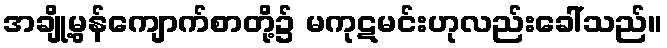
အချို့မွန်ကျောက်စာတို့၌ မကုဋမင်းဟုလည်းခေါ်သည်။